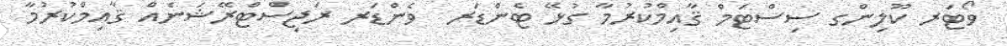
ވޯޓަރ ކޫލިންގ ސިސްޓަމް ޤާއިމްކުރުމާ ގުޅޭ ޓެންޑަރ  ވެންޑަރ ރަޖިސްޓްރޭޝަނެއް ޤާއިމްކުރުމާ